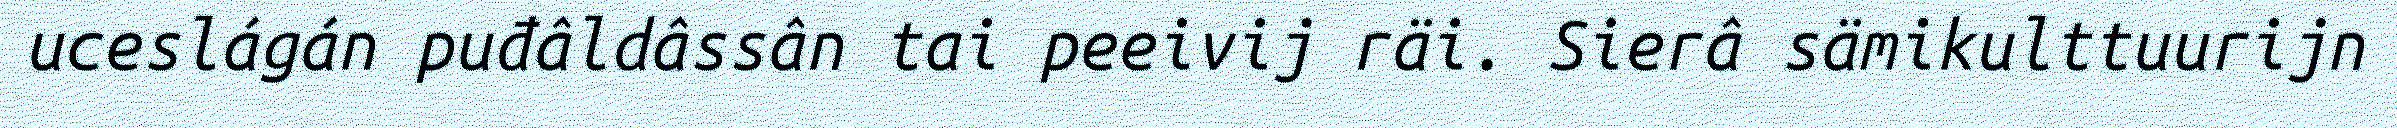
uceslágán puđâldâssân tai peeivij räi. Sierâ sämikulttuurijn